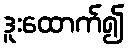
ဒူးထောက်၍